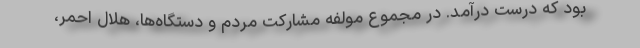
بود که درست درآمد. در مجموع مولفه مشارکت مردم و دستگاه‌ها، هلال احمر،